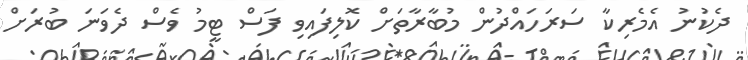
ދެކުނު އެމެރިކާ ސަރަހައްދުން މުބާރާތަށް ކޮލިފައިވި ފަސް ޓީމު ވެސް ދެވަނަ ބުރަށް